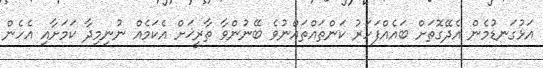
އަޅުގަނޑުމެން އެދޭގޮތަށް ބައެއްފަހަރު ކަންތައްތައްނުވެ ބޭނުންވާ ތާރީޚަށް އެކަމެއް ނުނިމިދާ ކަމަށާއި އެހެން